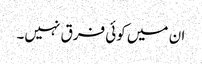
ان میں کوئی فرق نہیں۔